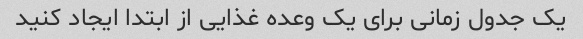
یک جدول زمانی برای یک وعده غذایی از ابتدا ایجاد کنید